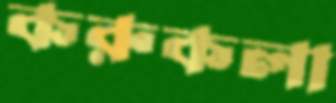
করুকলা